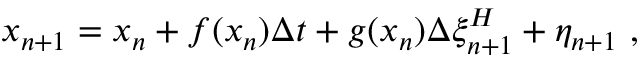
{ x _ { n + 1 } = x _ { n } + f ( x _ { n } ) \Delta t + g ( x _ { n } ) \Delta \xi _ { n + 1 } ^ { H } + \eta _ { n + 1 } } \ ,